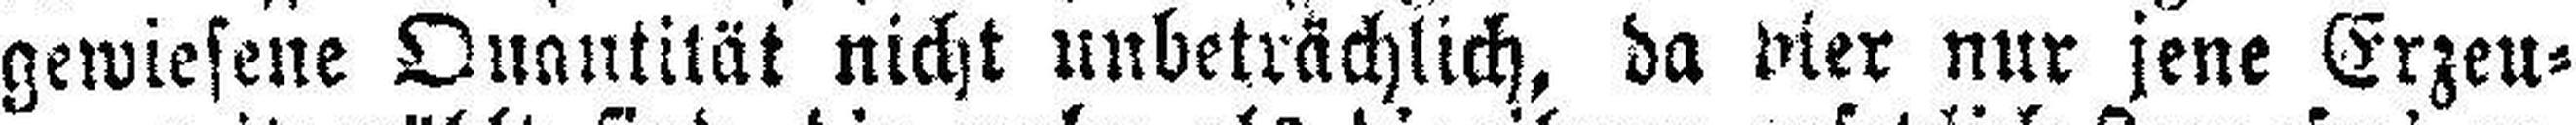
gewiesene Quantität nicht unbeträchlich, da vier nur jene Erzeu¬